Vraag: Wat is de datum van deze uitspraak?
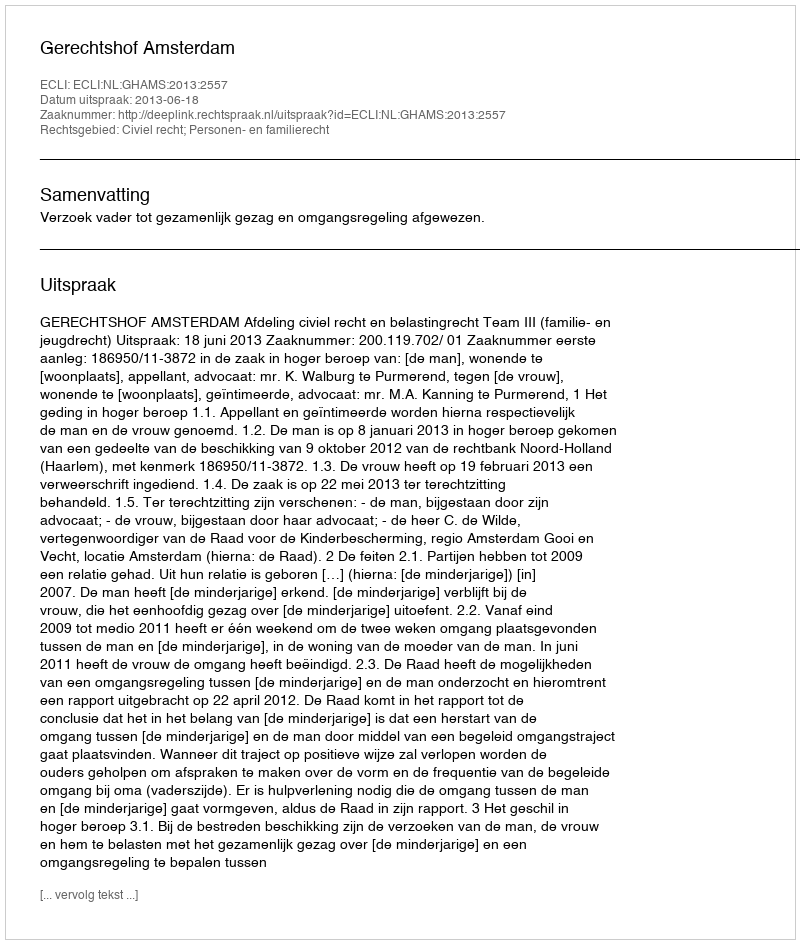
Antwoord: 2013-06-18